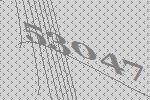
53047